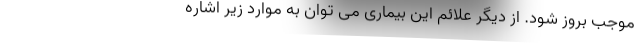
موجب بروز شود. از دیگر علائم این بیماری می توان به موارد زیر اشاره